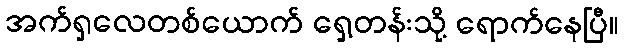
အက်ရှလေတစ်ယောက် ရှေ့တန်းသို့ ရောက်နေပြီ။